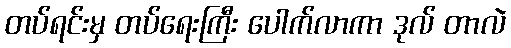
တပ်ရင်းမှ တပ်ရေးကြီး ပေါက်လာကာ ဒုလ် တာလဲ